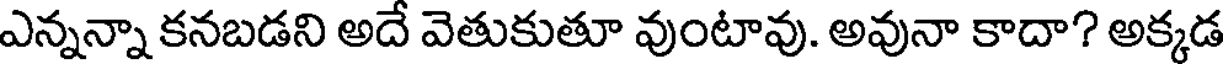
ఎన్నన్నా కనబడని అదే వెతుకుతూ వుంటావు. అవునా కాదా? అక్కడ